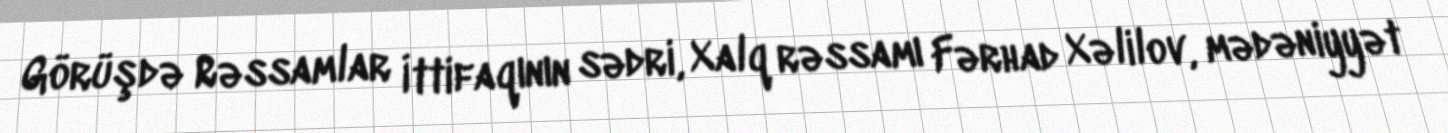
Görüşdə Rəssamlar İttifaqının sədri, Xalq rəssamı Fərhad Xəlilov, mədəniyyət